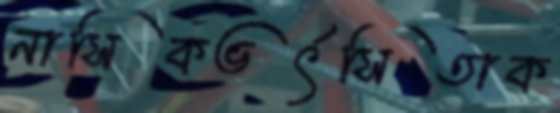
নাসিকভর্ৎসিতাক